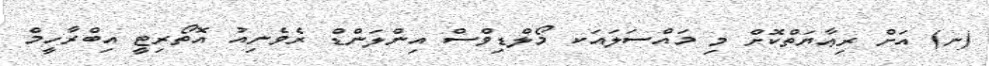
(ނ) އަށް ރިޢާޔަތްކޮށް މި މައްސަލައަކ މޯލްޑިވްސް އިންލަންޑް ރެވެނިއު އޮތޯރިޓީ އިބްރާހީމް